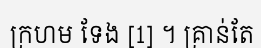
ក្រហម ទែង [1] ។ គ្រាន់តែ